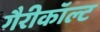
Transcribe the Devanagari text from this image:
गैरीकॉल्ट